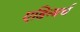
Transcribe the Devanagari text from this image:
एडिन्बर्घ